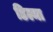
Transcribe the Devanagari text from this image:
डिल्मा